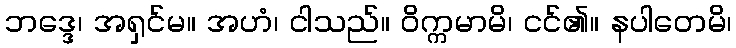
ဘဒ္ဒေ၊ အရှင်မ။ အဟံ၊ ငါသည်။ ဝိက္ကမာမိ၊ ငင်၏။ နပါတေမိ၊